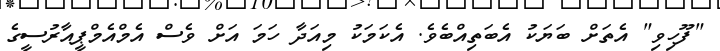
"ފޫހިވި" އެތަށް ބަޔަކު އެބަތިއްބެވެ. އެކަމަކު މިއަދާ ހަމަ އަށް ވެސް އެމްއެމްޕީއާރުސީގެ